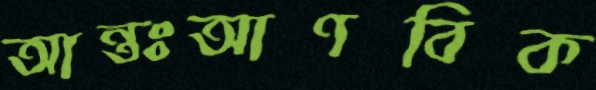
আন্তঃআণবিক